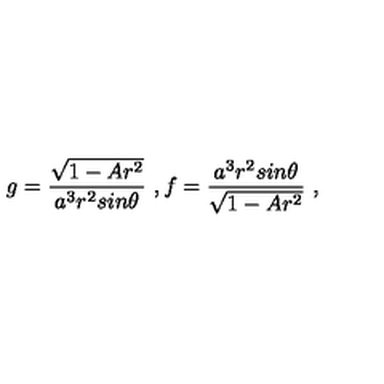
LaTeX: g = \frac { \sqrt { 1 - A r ^ { 2 } } } { a ^ { 3 } r ^ { 2 } s i n \theta } \ , f = \frac { a ^ { 3 } r ^ { 2 } s i n \theta } { \sqrt { 1 - A r ^ { 2 } } } \ ,